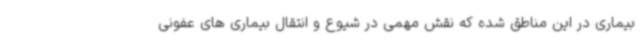
بیماری در این مناطق شده که نقش مهمی در شیوع و انتقال بیماری های عفونی